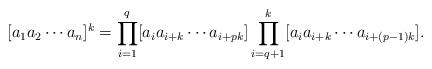
LaTeX: \begin{align*}[a_1a_2\cdots a_n]^k = \prod_{i=1}^q [a_ia_{i+k}\cdots a_{i+pk}] \prod_{i=q+1}^k [a_ia_{i+k}\cdots a_{i+(p-1)k}].\end{align*}